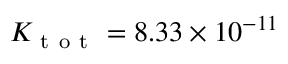
K _ { \mathrm { ~ t ~ o ~ t ~ } } = 8 . 3 3 \times 1 0 ^ { - 1 1 }